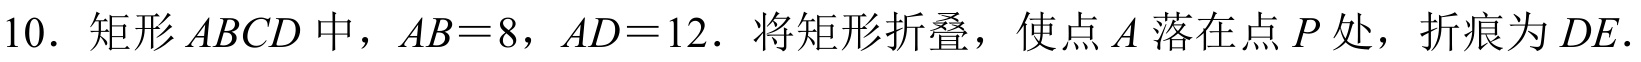
10. 矩形\(ABCD\)中，\(AB = 8\)，\(AD = 12\). 将矩形折叠，使点\(A\)落在点\(P\)处，折痕为\(DE\).